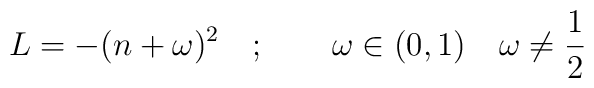
L=-(n+\omega )^{2}\quad ;\qquad \omega \in (0,1)\quad \omega \neq \frac{1}{2}